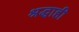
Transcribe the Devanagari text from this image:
श्रद्धाही